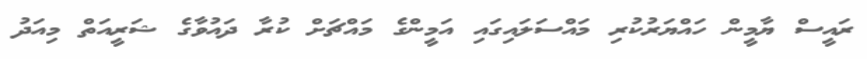
ރައީސް ޔާމީން ހައްޔަރުކުރި މައްސަލައިގައި އަމީންގެ މައްޗަށް ކުރާ ދައުވާގެ ޝަރީއަތް މިއަދު